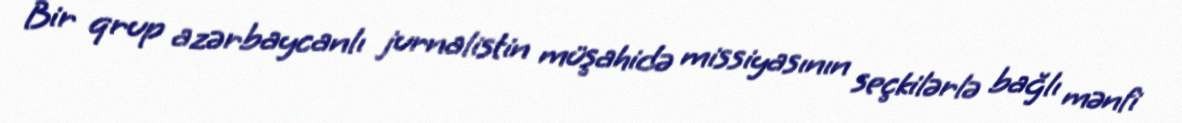
Bir qrup azərbaycanlı jurnalistin müşahidə missiyasının seçkilərlə bağlı mənfi